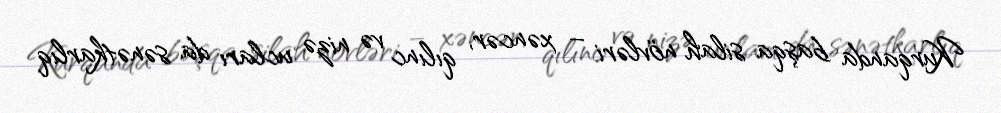
Kurqanda başqa silah növləri – xəncər, qılınc və nizə ucları da sənətkarlıq